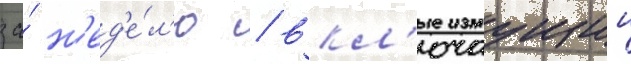
за́ н'ед'е́л'ю / вкл'ючаущии